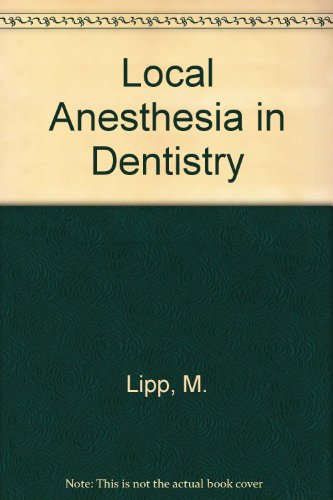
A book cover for Local Anesthesia in Dentistry; M. Lipp; Medical Books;